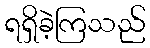
ရရှိခဲ့ကြသည်